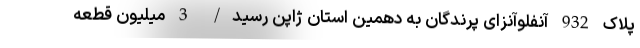
پلاک 932 آنفلوآنزای پرندگان به دهمین استان ژاپن رسید/ 3 میلیون قطعه